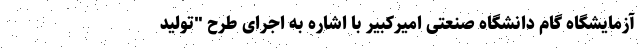
آزمایشگاه گام دانشگاه صنعتی امیرکبیر با اشاره به اجرای طرح "تولید